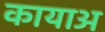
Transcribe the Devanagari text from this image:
कायाअ